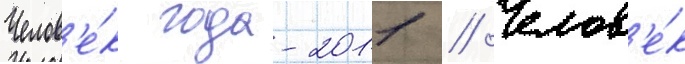
Челов'е́к года-2011 // Челов'е́к